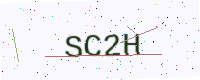
Text: SC2H